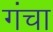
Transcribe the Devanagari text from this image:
गंचा